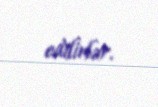
edilirlər.